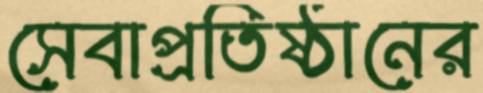
সেবাপ্রতিষ্ঠানের